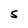
Character: S